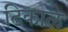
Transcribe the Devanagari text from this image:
ढिकाल